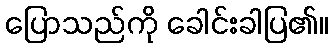
ပြောသည်ကို ခေါင်းခါပြ၏။